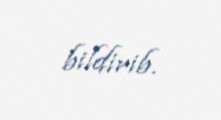
bildirib.